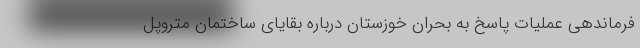
فرماندهی عملیات پاسخ به بحران خوزستان درباره بقایای ساختمان متروپل